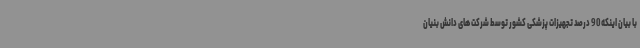
با بیان اینکه 90 درصد تجهیزات پزشکی کشور توسط شرکت های دانش بنیان